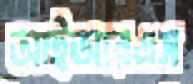
আইআরএস